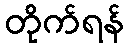
တိုက်ရန်